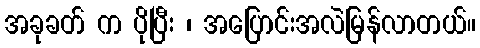
အခုခတ် က ပိုပြီး ၊ အပြောင်းအလဲမြန်လာတယ်။